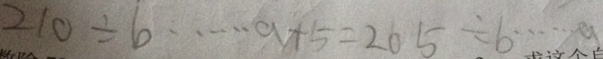
2 1 0 \div 6 \cdots a + 5 = 2 0 5 \div b \cdots a